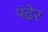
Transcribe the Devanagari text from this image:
पंढेर